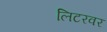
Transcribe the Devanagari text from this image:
लिटरवर